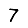
Digit: 7